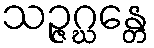
သဉ္ဇဂ္ဃန္တေ